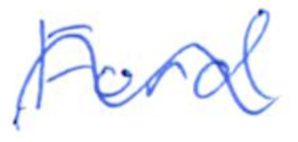
Text: Ford
Cross-out: wave
Writing tool: ballpoint